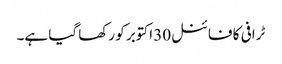
ٹرافی کا فائنل30 اکتوبر کو رکھا گیا ہے۔